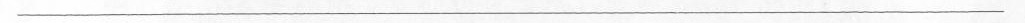
___